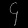
Digit: ၄